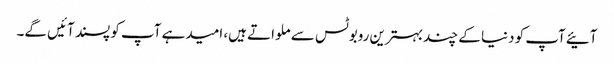
آئیےآپ کو دنیا کے چند بہترین روبوٹس سے ملواتے ہیں، امیدہے آپ کو پسند آئیں گے۔